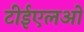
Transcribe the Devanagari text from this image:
टीईएलओ